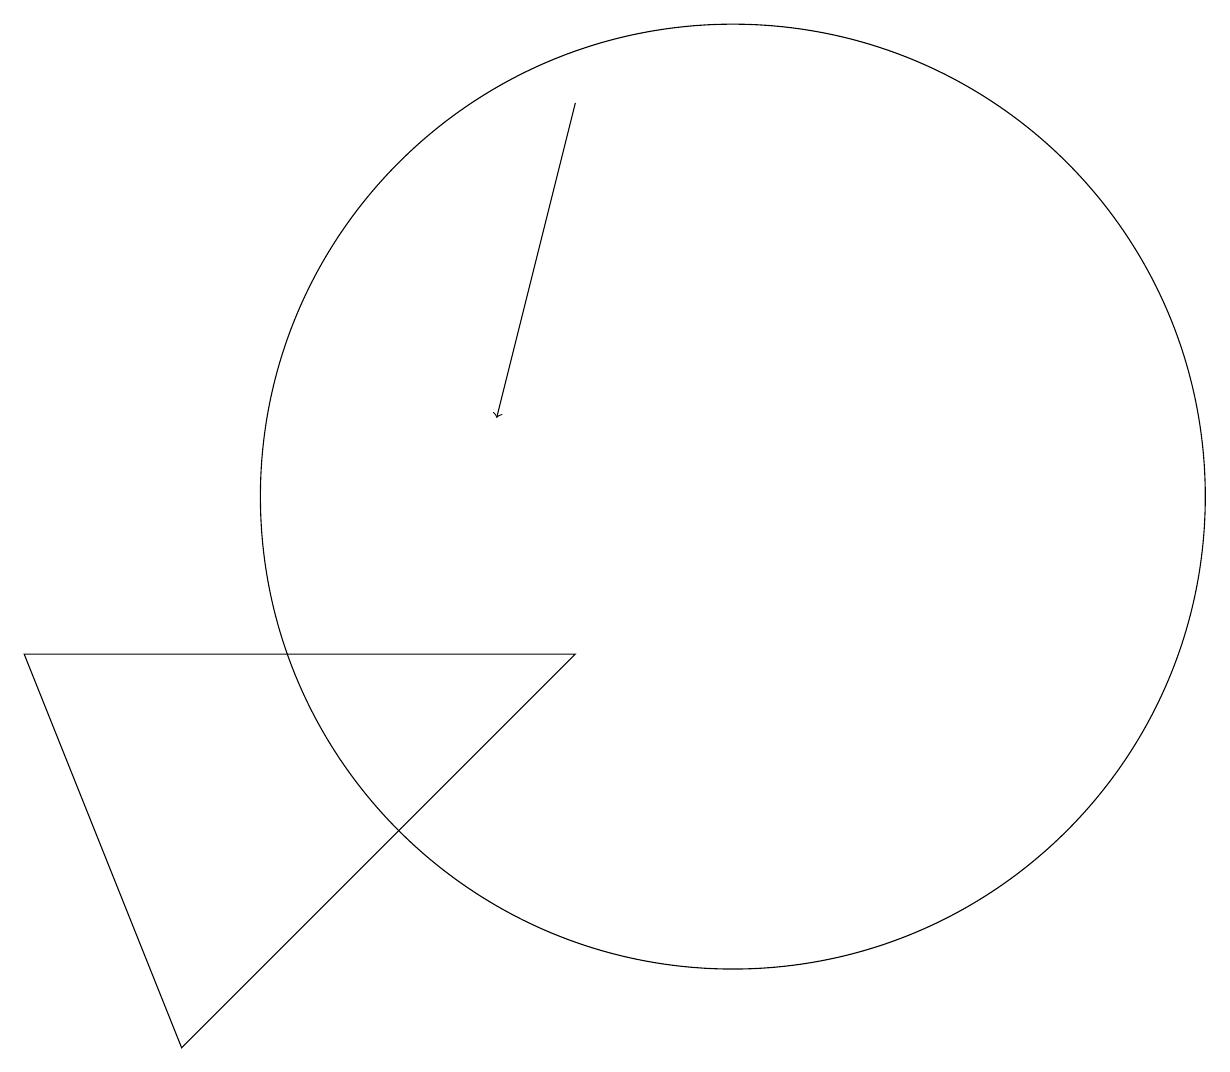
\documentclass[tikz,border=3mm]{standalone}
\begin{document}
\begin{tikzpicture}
\draw (4,3) -- (9,8) -- (2,8) -- cycle;
\draw[->] (9,15) -- (8,11);
\draw (11,10) circle (6);
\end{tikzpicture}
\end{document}